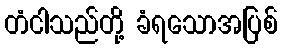
တံငါသည်တို့ ခံရသောအပြစ်